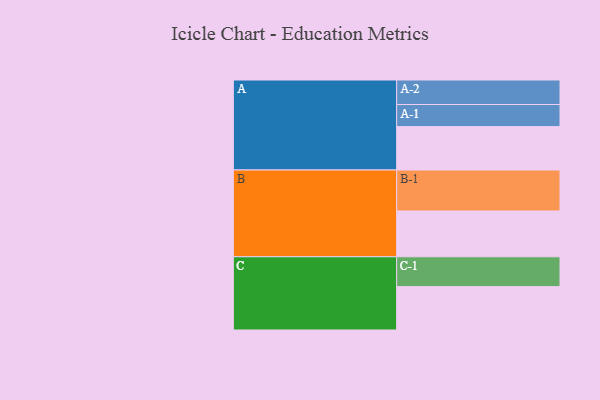
{"axis": {"x": "Segment", "y": "Value"}, "legend": ["", "A", "B", "C"], "data": [{"x": "A", "y": 308, "type": ""}, {"x": "B", "y": 325, "type": ""}, {"x": "C", "y": 308, "type": ""}, {"x": "A-1", "y": 157, "type": "A"}, {"x": "A-2", "y": 174, "type": "A"}, {"x": "B-1", "y": 291, "type": "B"}, {"x": "C-1", "y": 212, "type": "C"}]}